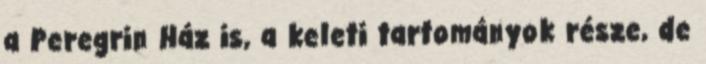
a Peregrin Ház is, a keleti tartományok része, de